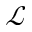
\mathcal { L }